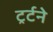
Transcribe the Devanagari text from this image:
ट्रर्टने